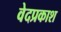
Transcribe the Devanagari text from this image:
वेदप्रकाश